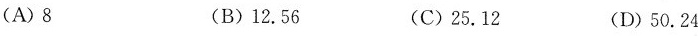
(A)8 (B)12.56 (C)25.12 (D)50.24